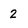
Character: 2